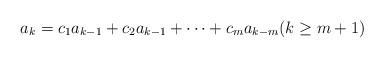
LaTeX: \begin{align*} a_k = c_1 a_{k-1} + c_2 a_{k-1} +\cdots + c_m a_{k-m} (k\geq m+1)\end{align*}